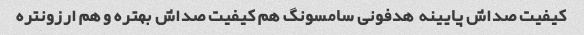
کیفیت صداش پایینه  هدفونی سامسونگ هم کیفیت صداش بهتره و هم ارزونتره